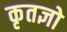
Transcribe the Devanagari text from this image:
कृतज्ञो